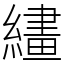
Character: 繣